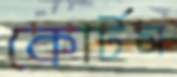
কোর্টস